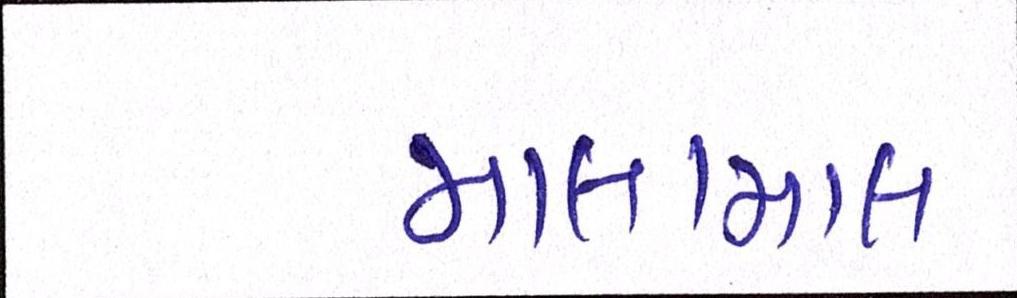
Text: માલામાલ